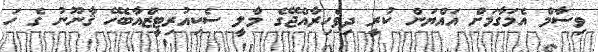
ވިސާމް އެމަގާމަށް އައްޔަން ކުރީ ދިވެހިރާއްޖޭގެ މާލީ ސެކިއުރިޓީޒްއާބެހޭ ޤާނޫނު ގެ ހަ